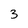
Character: 3